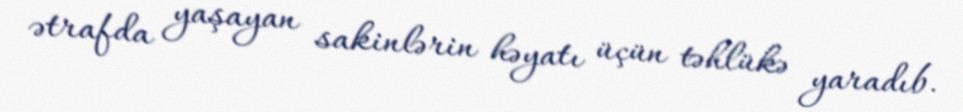
ətrafda yaşayan sakinlərin həyatı üçün təhlükə yaradıb.